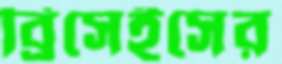
ব্রিসেইসের